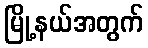
မြို့နယ်အတွက်